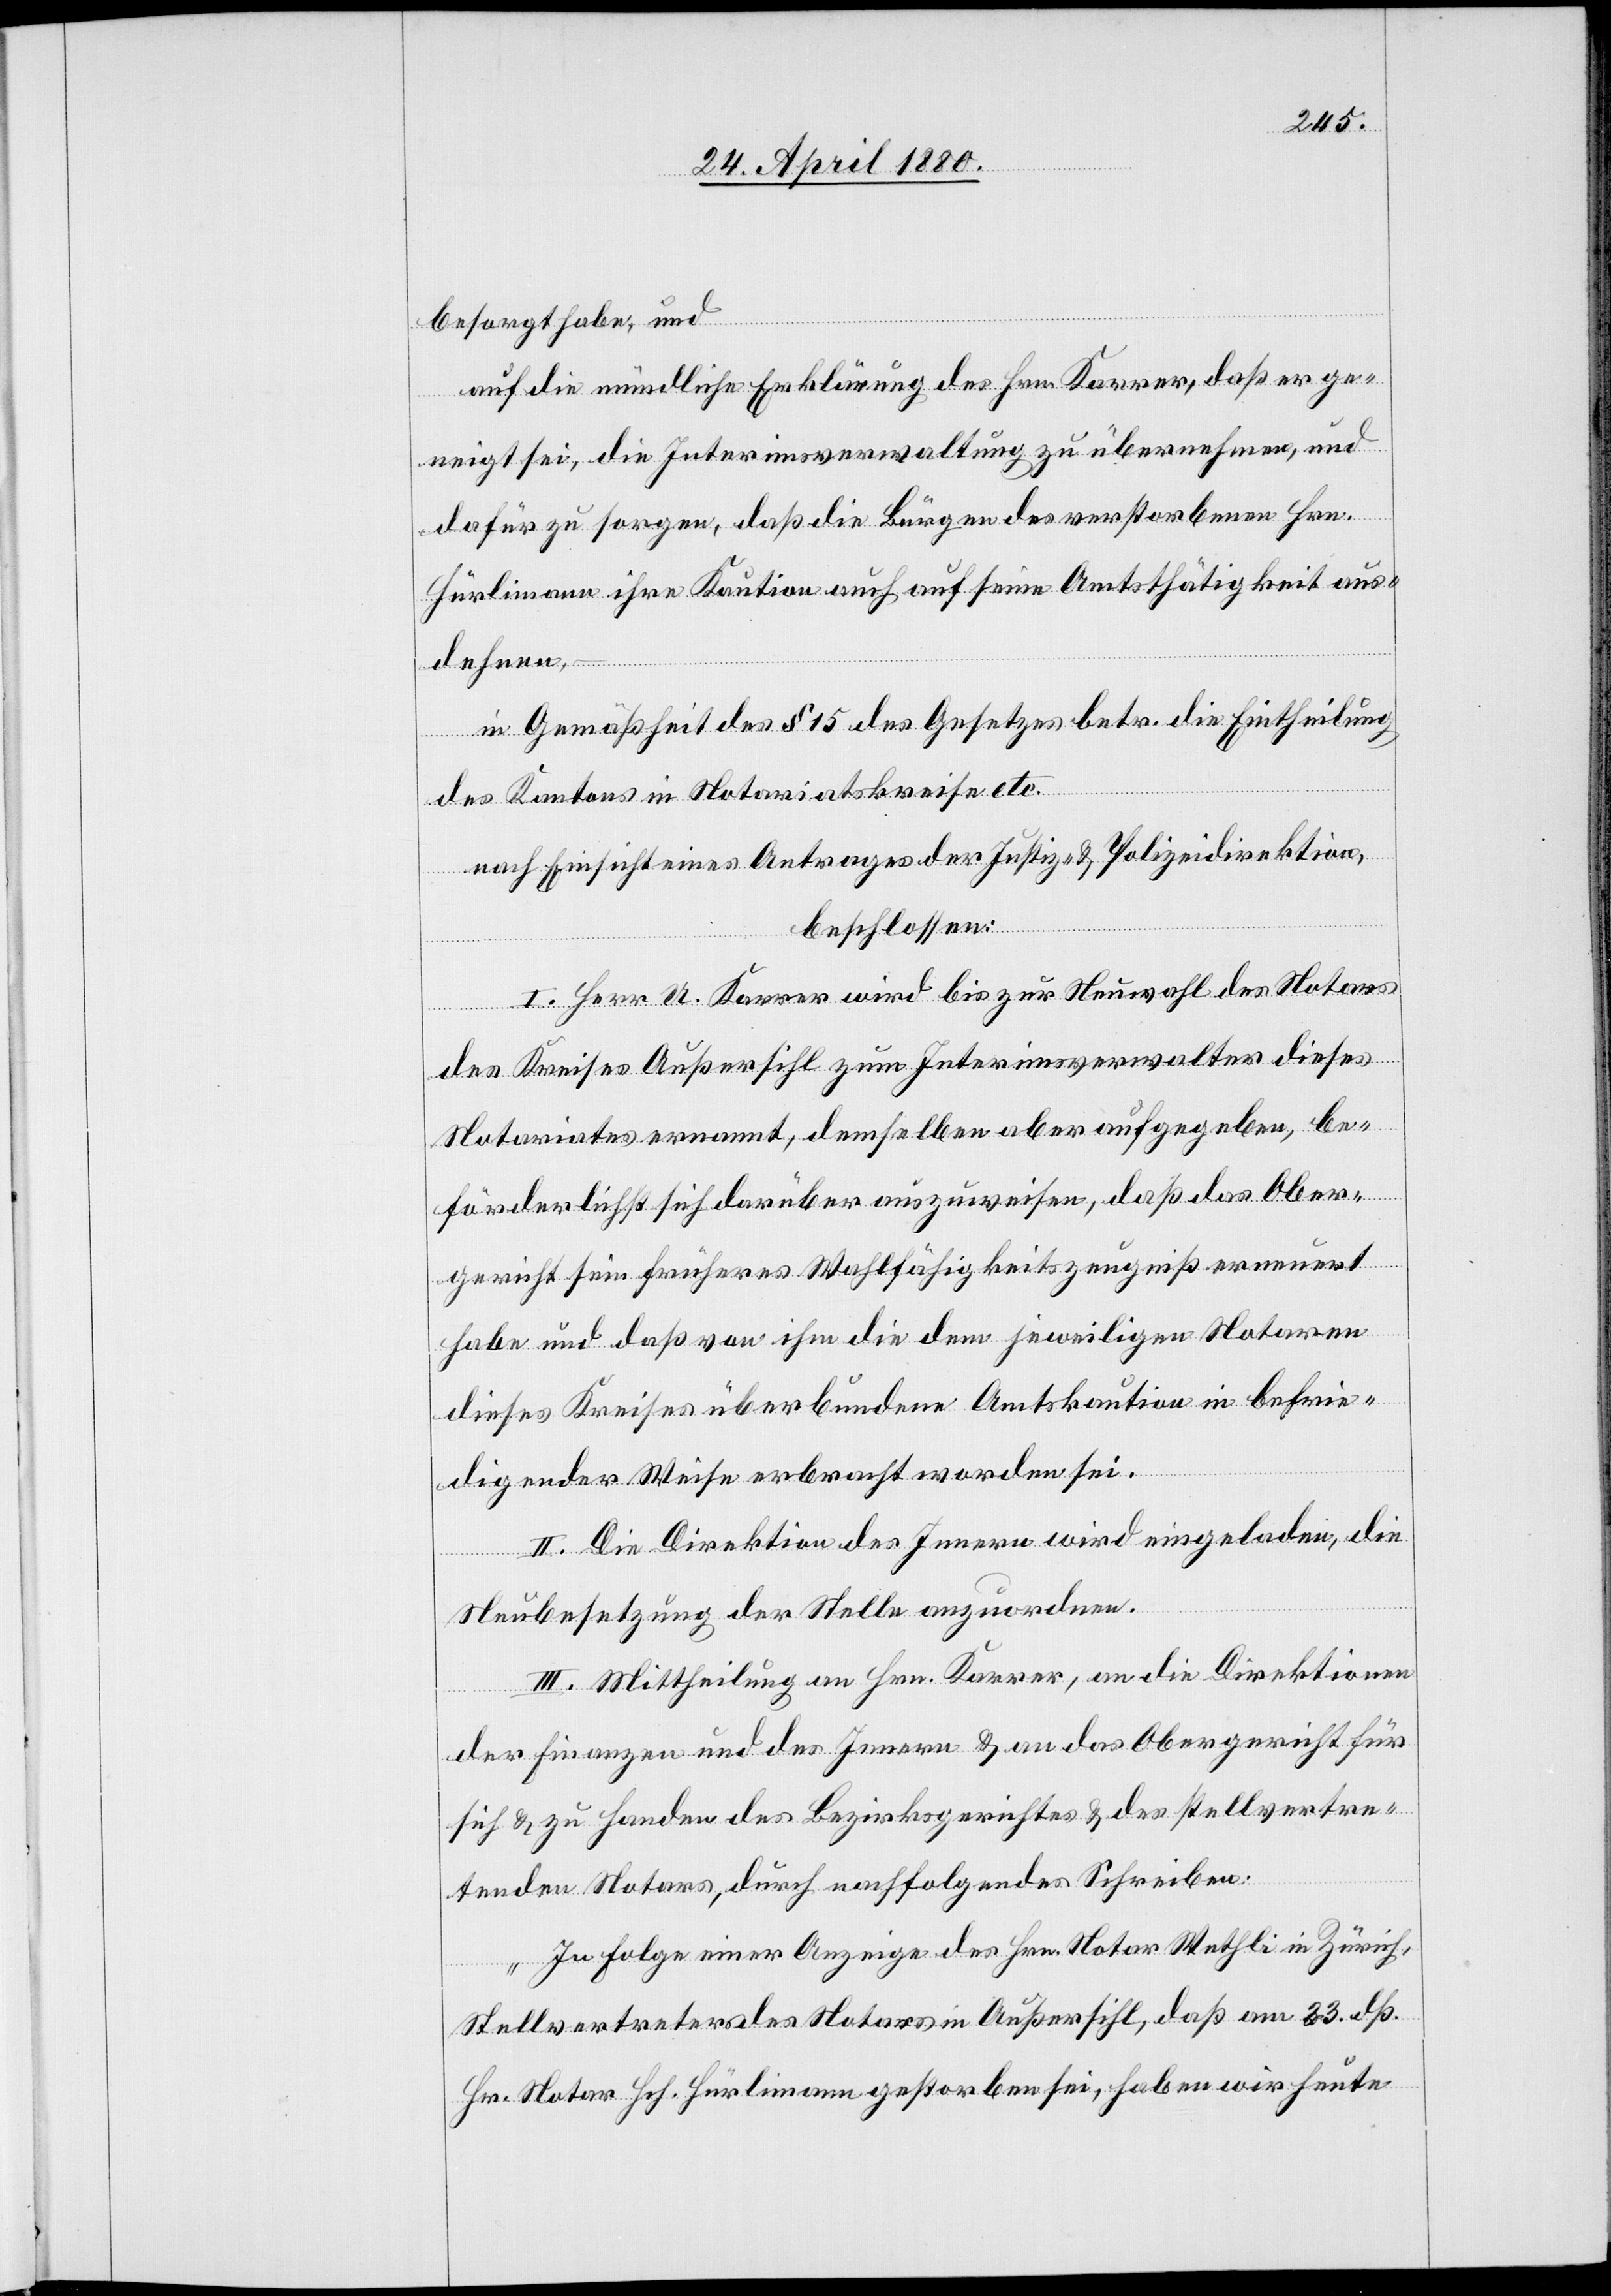
besorgt habe, und
auf die mündliche Erklärung des Hrn. Karrer, daß er ge¬
neigt sei, die Interimsverwaltung zu übernehmen, und
dafür zu sorgen, daß die Bürgen des verstorbenen Hrn.
Hürlimann ihre Kaution auch auf seine Amtsthätigkeit aus¬
dehnen,
in Gemäßheit des § 15 des Gesetzes betr. die Eintheilung
des Kantons in Notariatskreise etc.
nach Einsicht eines Antrages der Justiz- & Polizeidirektion,
beschlossen:
I. Herr U. Karrer wird bis zur Neuwahl des Notares
des Kreises Außersihl zum Interimsverwalter dieses
Notariates ernannt, demselben aber aufgegeben, be¬
förderlichst sich darüber auszuweisen, daß das Ober¬
gericht sein früheres Wahlfähigkeitszeugniß erneuert
habe und daß von ihm die dem jeweiligen Notaren
dieses Kreises überbundene Amtskaution in befrie¬
digender Weise erbracht worden sei.
II. Die Direktion des Innern wird eingeladen, die
Neubesetzung der Stelle anzuordnen.
III. Mittheilung an Hrn. Karrer, an die Direktionen
der Finanzen und des Innern & an das Obergericht für
sich & zu Handen des Bezirksgerichtes & des stellvertre¬
tenden Notars, durch nachfolgendes Schreiben:
„In Folge einer Anzeige des Hrn. Notar Wethli in Zürich,
Stellvertreters des Notars in Außersihl, daß am 23. dß.
Hr. Notar Hch. Hürlimann gestorben sei, haben wir heute